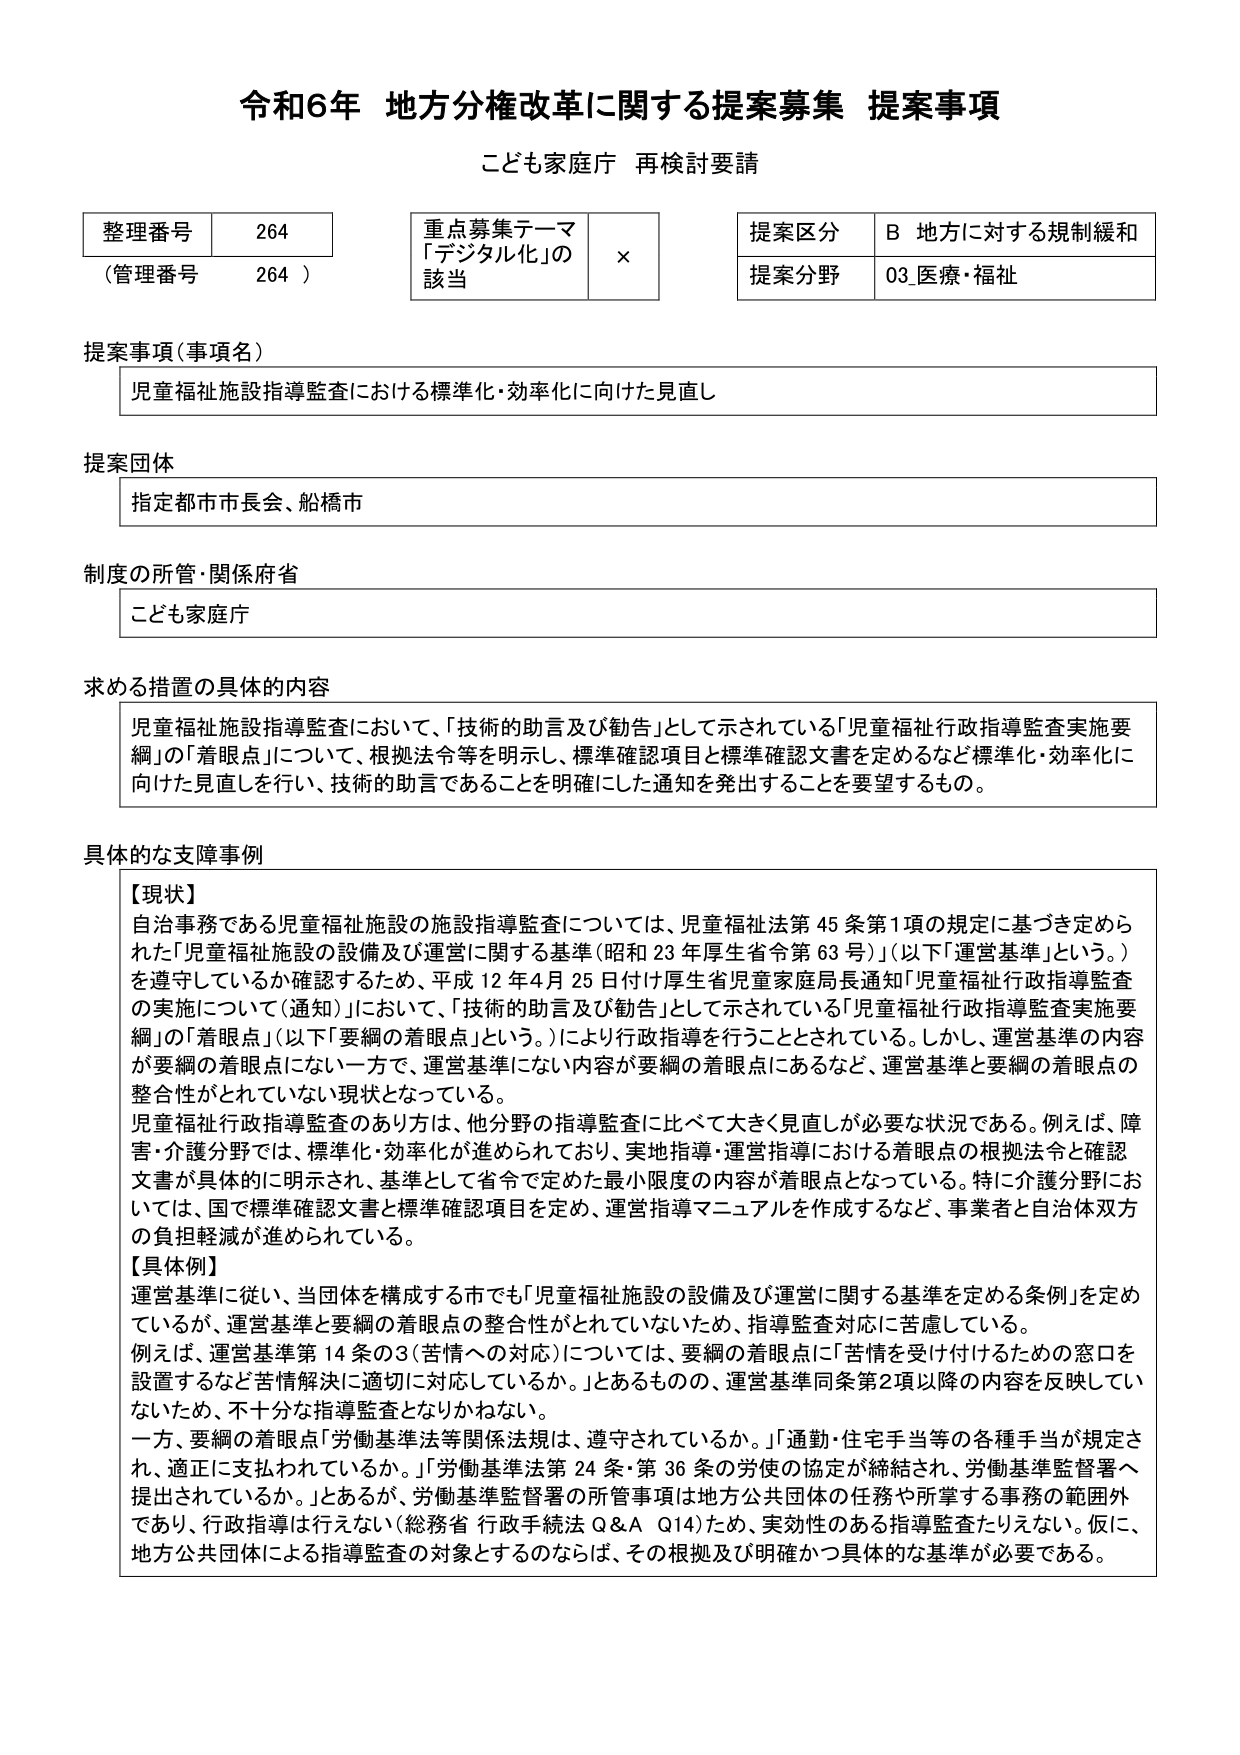
令和6年 地方分権改革に関する提案募集 提案事項
こども家庭庁 再検討要請

整理番号 264
（管理番号 264）

重点募集テーマ
「デジタル化」の
該当 ×

提案区分 B 地方に対する規制緩和
提案分野 03 医療・福祉

提案事項（事項名）
児童福祉施設指導監査における標準化・効率化に向けた見直し

提案団体
指定都市市長会、船橋市

制度の所管・関係府省
こども家庭庁

求める措置の具体的内容
児童福祉施設指導監査において、「技術的助言及び勧告」として示されている「児童福祉行政指導監査実施要綱」の「着眼点」について、根拠法令等を明示し、標準確認項目と標準確認文書を定めるなど標準化・効率化に向けた見直しを行い、技術的助言であることを明確にした通知を発出することを要望するもの。

具体的な支障事例
【現状】
自治事務である児童福祉施設の施設指導監査については、児童福祉法第45条第1項の規定に基づき定められた「児童福祉施設の設備及び運営に関する基準（昭和23年厚生省令第63号）」（以下「運営基準」という。）を遵守しているか確認するため、平成12年4月25日付け厚生省児童家庭局長通知「児童福祉行政指導監査の実施について（通知）」において、「技術的助言及び勧告」として示されている「児童福祉行政指導監査実施要綱」の「着眼点」（以下「要綱の着眼点」という。）により行政指導を行うこととされている。しかし、運営基準の内容が要綱の着眼点にない一方で、運営基準にない内容が要綱の着眼点にあるなど、運営基準と要綱の着眼点の整合性がとれていない現状となっている。
児童福祉行政指導監査のあり方は、他分野の指導監査に比べて大きく見直しが必要な状況である。例えば、障害・介護分野では、標準化・効率化が進められており、実地指導・運営指導における着眼点の根拠法令と確認文書が具体的に明示され、基準として省令で定めた最小限度の内容が着眼点となっている。特に介護分野においては、国で標準確認文書と標準確認項目を定め、運営指導マニュアルを作成するなど、事業者と自治体双方の負担軽減が進められている。

【具体例】
運営基準に従い、当団体を構成する市でも「児童福祉施設の設備及び運営に関する基準を定める条例」を定めているが、運営基準と要綱の着眼点の整合性がとれていないため、指導監査対応に苦慮している。
例えば、運営基準第14条の3（苦情への対応）については、要綱の着眼点に「苦情を受け付けるための窓口を設置するなど苦情解決に適切に対応しているか。」とあるものの、運営基準同条第2項以降の内容を反映していないため、不十分な指導監査となりかねない。
一方、要綱の着眼点「労働基準法等関係法規は、遵守されているか。」「通勤・住宅手当等の各種手当が規定され、適正に支払われているか。」「労働基準法第24条・第36条の労使の協定が締結され、労働基準監督署へ提出されているか。」とあるが、労働基準監督署の所管事項は地方公共団体の任務や所掌する事務の範囲外であり、行政指導は行えない（総務省 行政手続法 Q&A Q14）ため、実効性のある指導監査たりえない。仮に、地方公共団体による指導監査の対象とするのならば、その根拠及び明確かつ具体的な基準が必要である。